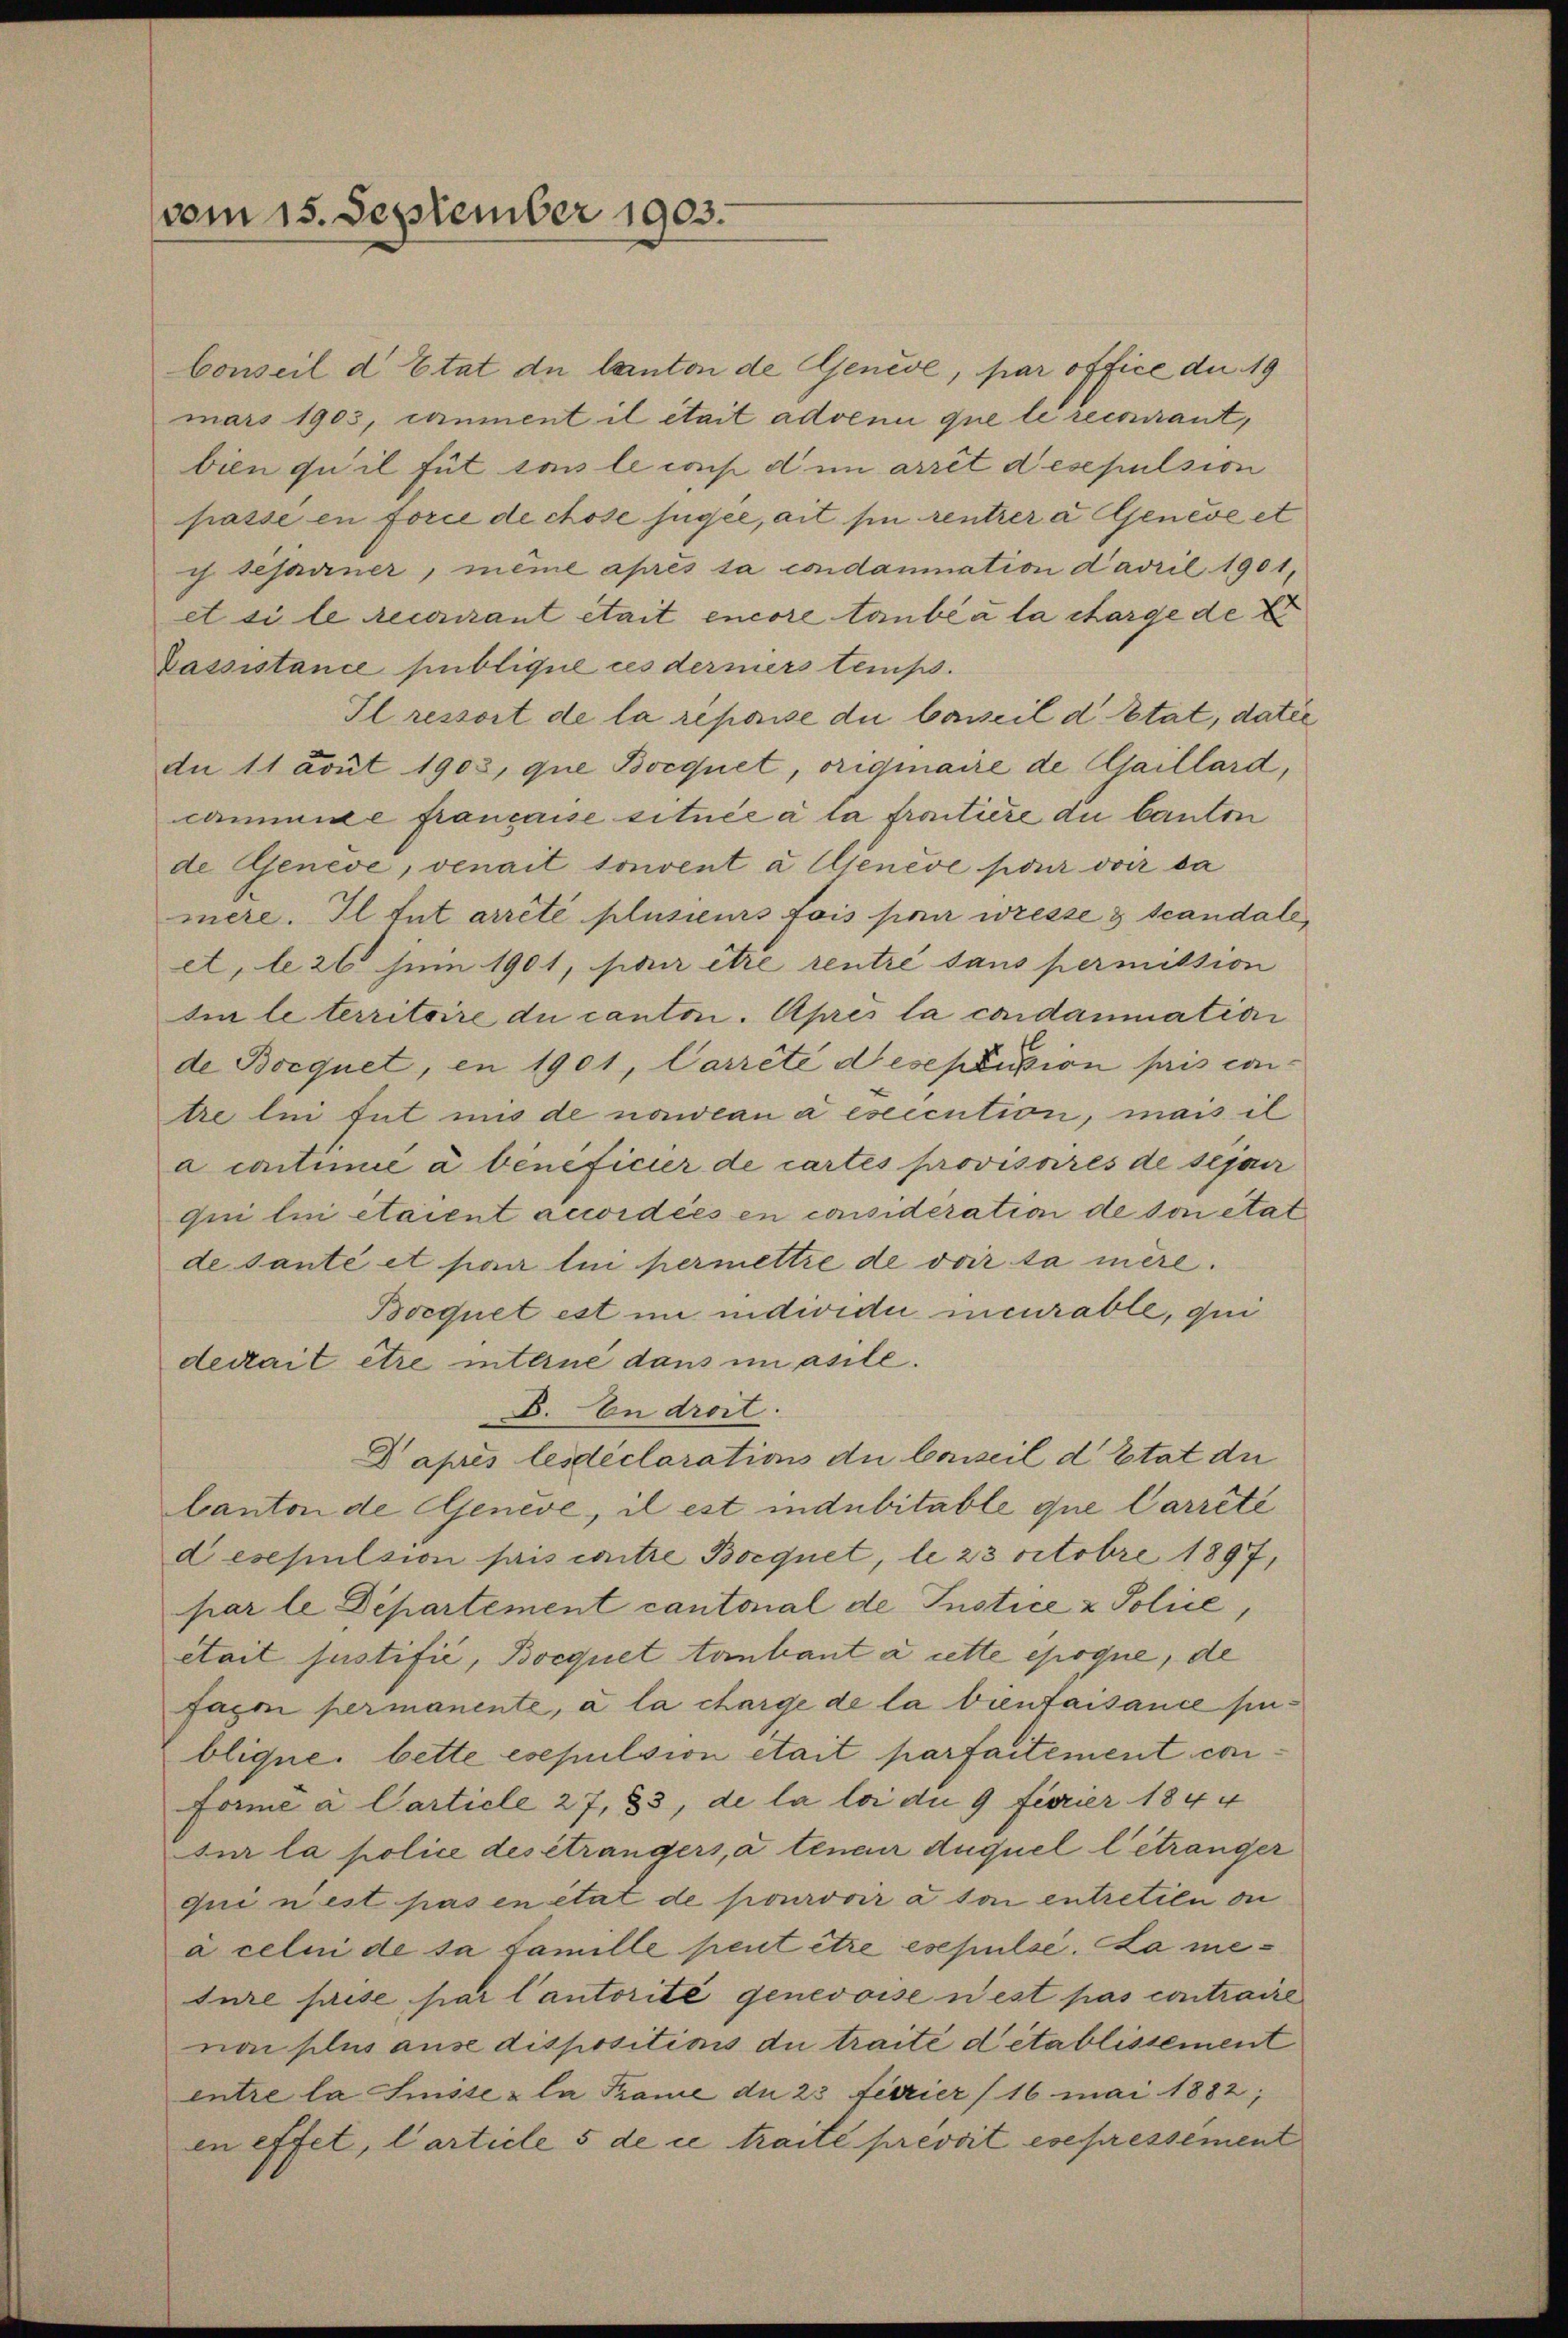
(vom 15. September 1903.

Conseil d Etat de Canton de Genève, par office du 19
mars 1903, einment il était advenu que le recourant,
bien qu’il für sons le cons dem arrêt desepulsion
passe en force de chose jugée, ait sie rentrer a Genève et
i tesarner, même après sa condammation Davril 1901,
et si le recourant était encore taube a la charge de E
Passistance publique ces dermers temp
Il ressort de la répaise du besseil d. Etat, datie
dn 11 avut 1903, que Bocquet, originaire de faillard,
cammide française située à la frontiere du bauten
de Genève, venait sonvent à Ujenève pour voir da
mere. Il tut arreté plusieurs fois per wesse & scandale
et, le 26 zum 1901, pour être rentre sans permission
Iin le territoire du canton. Après la condammation
de Bocquet, en 1901, Carrete dieseptussion pris con
tre lui tut uns de nawean a eseccution, mais il
a continie à bénéficier de cartes provisoires de sépar
qui lui étaient accordées en considération de von etat
de sante et par lui permettre de voir sa mère.
Bocquet est im individui incurable, qui
decait être interne dans im asile.
E. In droit.
Daprès lesdéclarations du Conseil d’Etat de
Canton de Genève, il est indubitable que Carrêté
d esepulsion pris contre Boequet, le 23 Octobre 1897,
par le Departement cantonal de Instice & Police,
était justifié, Bocquet tantant à cette époque, de
faxoi permanente, a la charge de la vientaisance sublique. bette esepulsion était parfaitement con¬
Forme à Carticle 27, 33, de la loi du 9 fierier 1844
Sur la police des étrangers, à tener duquel l’étranger
qui n’est pas en état de pourvoir à son entretien ou
a celui de sa famille peut être esepulse. La meture prise par Cantorité genevoise nest pas contraire
non plus ause dispositions du traite detablissement
entre la Suisse & la Trame du 23 fuerier (16 mai 1882,
in effet, Carticle 5 de ce traite prevoit expressement